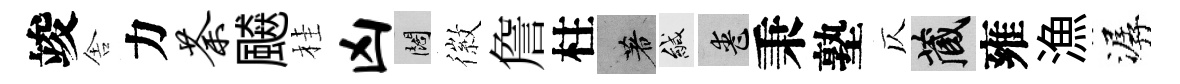
竣舎力荼飇桂凶闊徽詹柱著緘喪秉塾仄藏雍漁潺